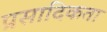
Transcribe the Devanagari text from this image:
प्रसादिकता